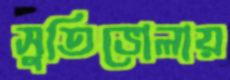
সুতিভোলায়